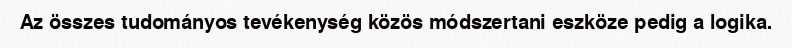
Az összes tudományos tevékenység közös módszertani eszköze pedig a logika.